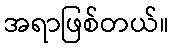
အရာဖြစ်တယ်။